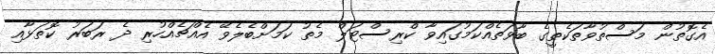
އެގޮތުން މަސްތުވާތަކެތީގެ ބާވަތެއްކަމުގައިވާ ކްރިސްޓަލް މެތު ކަމަށްބެލެވޭ އެއްޗެއްހުރި ދެ ރަބަރު ކޮތަޅާއި